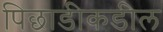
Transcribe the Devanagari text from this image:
पिछाडीकडील